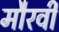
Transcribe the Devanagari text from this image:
मौरवी